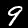
Digit: 9